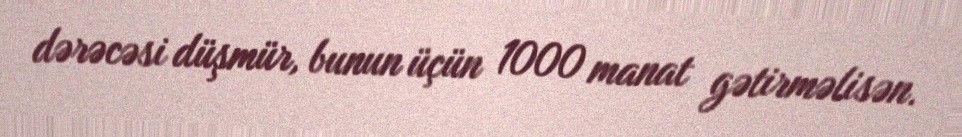
dərəcəsi düşmür, bunun üçün 1000 manat gətirməlisən.